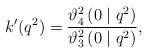
LaTeX: \begin{align*} k'(q^{2})=\frac{\vartheta_{4}^{2}\left(0 \mid q^{2}\right)}{\vartheta_{3}^{2}\left(0 \mid q^{2}\right)}, \end{align*}